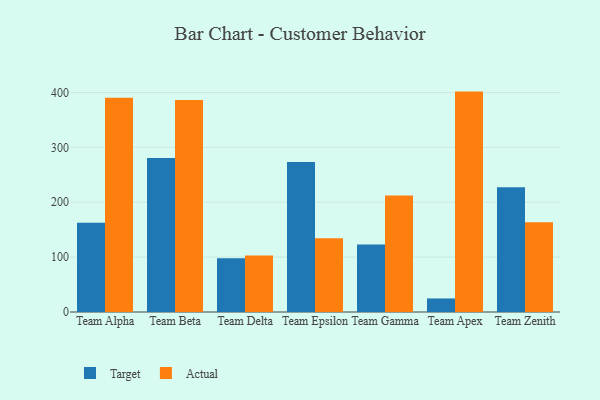
{"axis": {"x": "Team", "y": "Gross Profit (USD K)"}, "legend": ["Actual", "Target"], "data": [{"x": "Team Alpha", "y": 162.8, "type": "Target"}, {"x": "Team Alpha", "y": 390.3, "type": "Actual"}, {"x": "Team Beta", "y": 280.7, "type": "Target"}, {"x": "Team Beta", "y": 386.1, "type": "Actual"}, {"x": "Team Delta", "y": 97.8, "type": "Target"}, {"x": "Team Delta", "y": 102.8, "type": "Actual"}, {"x": "Team Epsilon", "y": 273.5, "type": "Target"}, {"x": "Team Epsilon", "y": 134.5, "type": "Actual"}, {"x": "Team Gamma", "y": 122.8, "type": "Target"}, {"x": "Team Gamma", "y": 212.3, "type": "Actual"}, {"x": "Team Apex", "y": 24.7, "type": "Target"}, {"x": "Team Apex", "y": 401.6, "type": "Actual"}, {"x": "Team Zenith", "y": 227.2, "type": "Target"}, {"x": "Team Zenith", "y": 163.6, "type": "Actual"}]}